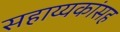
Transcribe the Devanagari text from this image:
सहाय्यकांसह